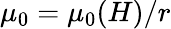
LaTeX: \mu_{0}=\mu_{0}(H)/r